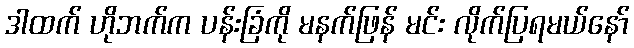
ဒါထက် ဟိုဘက်က ပန်းခြံကို မနက်ဖြန် မင်း လိုက်ပြရမယ်နော်